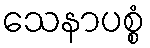
သေနာပစ္စံ